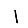
Digit: 1